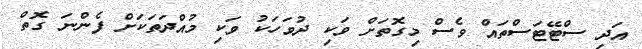
އަދި ސްޓޭޓަސްތައް ވެސް މިގޮތަށް ވަކި ދުވަހަކު ވަކި މުއްދަތަކަށް ފެންނަ ގޮތް